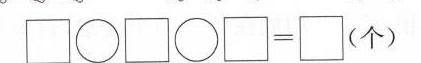
\Box \bigcirc \Box\bigcirc \Box =\Box （个）